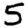
Digit: 5